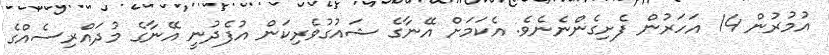
އުމުރުން 14 އަހަރުން ފެށިގެންނެނެވެ. އެކަމަށް އޭނާގެ ޝައުގުވެރިކަން އުފެދުނީ އޭނާގެ މުދައްރިސެއްގެ